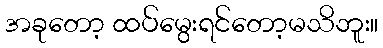
အခုတော့ ထပ်မွေးရင်တော့မသိဘူး။